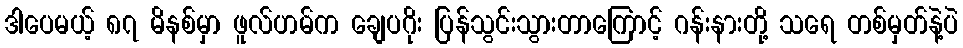
ဒါပေမယ့် ၈၇ မိနစ်မှာ ဖူလ်ဟမ်က ချေပဂိုး ပြန်သွင်းသွားတာကြောင့် ဂန်းနားတို့ သရေ တစ်မှတ်နဲ့ပဲ